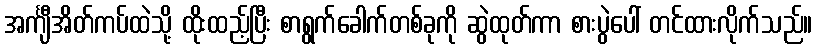
အင်္ကျီအိတ်ကပ်ထဲသို့ ထိုးထည့်ပြီး စာရွက်ခေါက်တစ်ခုကို ဆွဲထုတ်ကာ စားပွဲပေါ် တင်ထားလိုက်သည်။